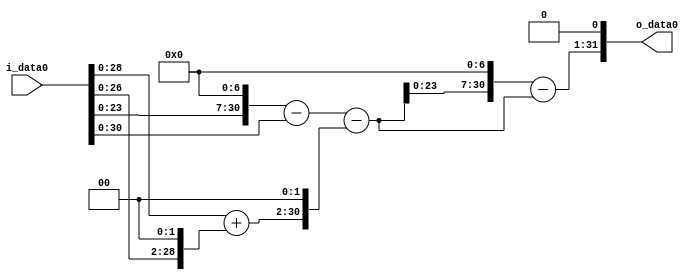
module multiplier_block (
    i_data0,
    o_data0
);

  // Port mode declarations:
  input   [31:0] i_data0;
  output  [31:0]
    o_data0;

  //Multipliers:

  wire [31:0]
    w1,
    w4,
    w5,
    w128,
    w127,
    w20,
    w107,
    w13696,
    w13589,
    w27178;

  assign w1 = i_data0;
  assign w107 = w127 - w20;
  assign w127 = w128 - w1;
  assign w128 = w1 << 7;
  assign w13589 = w13696 - w107;
  assign w13696 = w107 << 7;
  assign w20 = w5 << 2;
  assign w27178 = w13589 << 1;
  assign w4 = w1 << 2;
  assign w5 = w1 + w4;

  assign o_data0 = w27178;

  //multiplier_block area estimate = 6057.37431490147;
endmodule